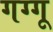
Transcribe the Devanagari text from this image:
गग्गू